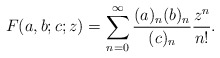
\begin{align*}F(a,b;c;z)=\sum_{n=0}^{\infty} {(a)_{n} (b)_{n}\over (c)_{n}}{z^{n}\over n!}.\end{align*}